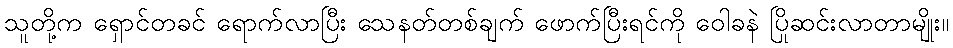
သူတို့က ရှောင်တခင် ရောက်လာပြီး သေနတ်တစ်ချက် ဖောက်ပြီးရင်ကို ဝေါခနဲ ပြိုဆင်းလာတာမျိုး။